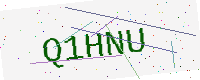
Text: Q1HNU